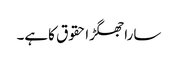
ساراجھگڑاحقوق کاہے۔